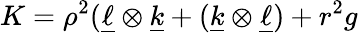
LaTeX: K=\rho^{2}(\underline{{\ell}}\otimes\underline{{k}}+(\underline{{k}}\otimes\underline{{\ell}})+r^{2}g